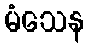
မံသေန